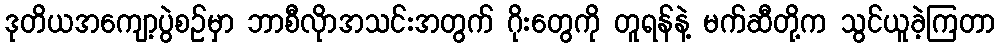
ဒုတိယအကျော့ပွဲစဉ်မှာ ဘာစီလိုာအသင်းအတွက် ဂိုးတွေကို တူရန်နဲ့ မက်ဆီတို့က သွင်ယူခဲ့ကြတာ